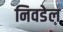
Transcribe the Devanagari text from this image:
निवडेल